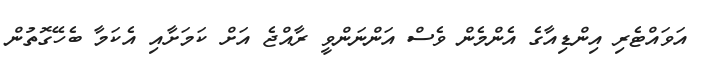
އަވައްޓެރި އިންޑިއާގެ އެންމެން ވެސް އަންނަންވީ ރާއްޖެ އަށް ކަމަށާއި އެކަމާ ބެހޭގޮތުން